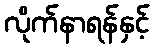
လိုက်နာရန်နှင့်